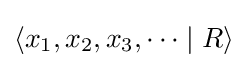
\langle x_{1},x_{2},x_{3},\dots \mid R\rangle